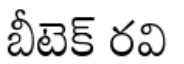
బీటెక్ రవి